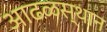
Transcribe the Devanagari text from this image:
आढळस्थान